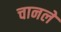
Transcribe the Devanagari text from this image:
चानले